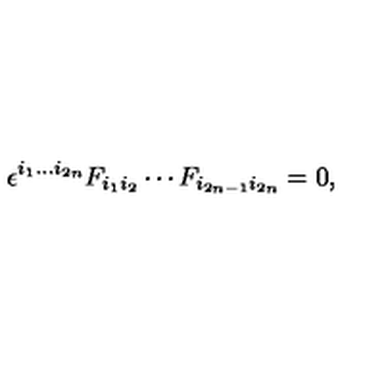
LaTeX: \epsilon ^ { i _ { 1 } \ldots i _ { 2 n } } F _ { i _ { 1 } i _ { 2 } } \cdots F _ { i _ { 2 n - 1 } i _ { 2 n } } = 0 ,